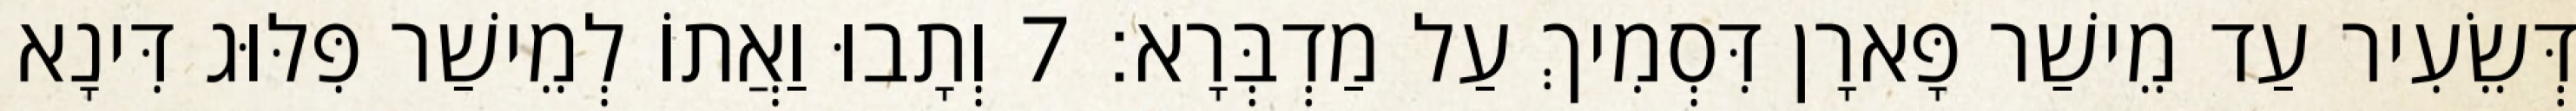
דְּשֵׂעִיר עַד מֵישַׁר פָּארָן דִּסְמִיךְ עַל מַדְבְּרָא׃ 7 וְתָבוּ וַאֲתוֹ לְמֵישַׁר פִּלּוּג דִּינָא